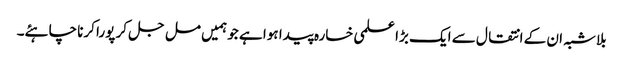
بلاشبہ ان کے انتقال سے ایک بڑا علمی خسارہ پیدا ہوا ہے جو ہمیں مل جل کر پورا کرنا چاہئے۔